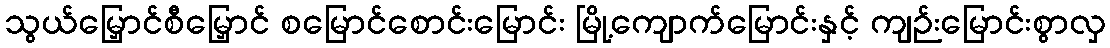
သွယ်မြှောင်စီမြှောင် စမြောင်စောင်းမြောင်း မြို့ကျောက်မြောင်းနှင့် ကျဉ်းမြောင်းစွာလှ